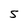
Character: S